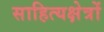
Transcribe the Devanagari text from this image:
साहित्यक्षेत्रों